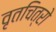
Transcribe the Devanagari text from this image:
वृतचित्रो